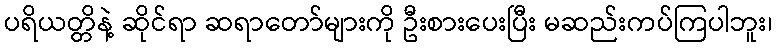
ပရိယတ္တိနဲ့ ဆိုင်ရာ ဆရာတော်များကို ဦးစားပေးပြီး မဆည်းကပ်ကြပါဘူး၊